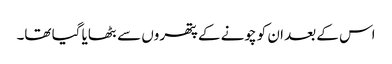
اس کے بعد ان کو چونے کے پتھروں سے بٹھایا گیا تھا۔